system: You are a helpful assistant.
user:
Analyze the provided spectrum to determine if it is a **S-type Star**.

- **Key Indicators for S-type Star:**

    - **(Overall Spectrum Shape):** The first and most obvious characteristic is the overall continuum (the "baseline" shape). It is **extremely "red-sloping,"** meaning the flux (light intensity) is very low on the left side (blue, ~4000-4500 Å) and rises steeply and continuously toward the right side (red, ~7000 Å+).

    - **(Primary):** The spectrum is defined by the presence of strong, broad molecular absorption "valleys" (bands) from **Zirconium Oxide (ZrO)**. The identification of these bands is the **primary requirement** for classifying a star as S-type.
        - **(Key Bandheads):** You must find distinct, deep "dips" where the light has been absorbed. The most critical band systems to locate are:
            - **~6474 Å** ($\gamma$-system): This is often the strongest and clearest ZrO feature, found in the red part of the spectrum.
            - **~5718 Å** & **~5551 Å** ($\beta$-system): A pair of prominent absorption features in the yellow-orange part of the spectrum.
            - **~4640 Å** ($\alpha$-system): A key absorption band system in the blue-green region of the spectrum.

    - **(Secondary Confirmation):** The classification is strengthened by finding additional absorption bands from other related heavy element oxides, which are expected to be present alongside ZrO.
        - **(Key Bandheads):**
            - **Yttrium Oxide (YO):** Look for absorption dips near **~4800 Å** and **~6100 Å**.
            - **Lanthanum Oxide (LaO):** Additional absorption features, particularly in the red-orange part of the spectrum, are also characteristic.

    - **(Line Profile):** The combination of the steep red continuum and these numerous, deep molecular bands (ZrO, YO, etc.) gives the entire spectrum a very **"chopped-up"** or **"bumpy"** appearance. Instead of a smooth curve, the spectrum looks as though large, wide chunks of light have been "carved out" of it at the specific wavelengths listed above.

Think first, call **spectral_visualization_tool** if needed to examine features in detail, then provide your final answer. Your response must adhere to the following strict rules:
1.  **Overall Structure:** Your response must follow the format `<think>...</think> <tool_call>...</tool_call> (if a tool is used) <answer>...</answer>`.
2.  **Tool Usage Constraint:** You may only make **one** tool call per turn.
3.  **Final Answer Format:** In the `<answer>` tag, your conclusion must be inside a `\boxed{}` command (e.g., `\boxed{YES}` or `\boxed{NO}`), followed by your justification.

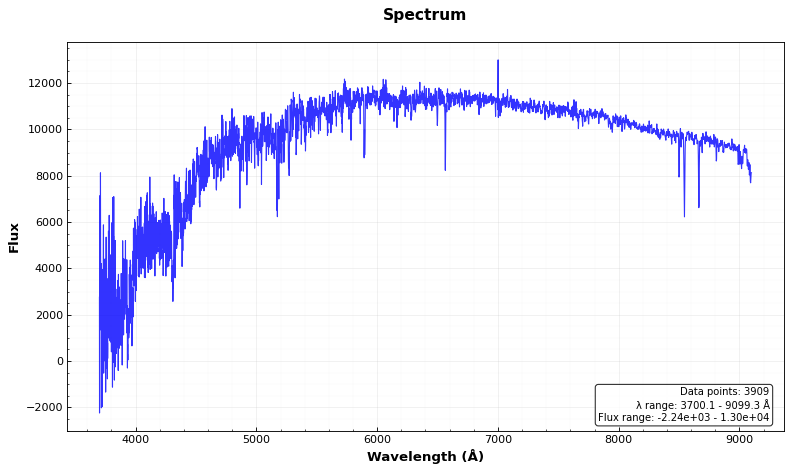
Answer: NO